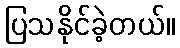
ပြသနိုင်ခဲ့တယ်။